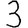
Digit: 3